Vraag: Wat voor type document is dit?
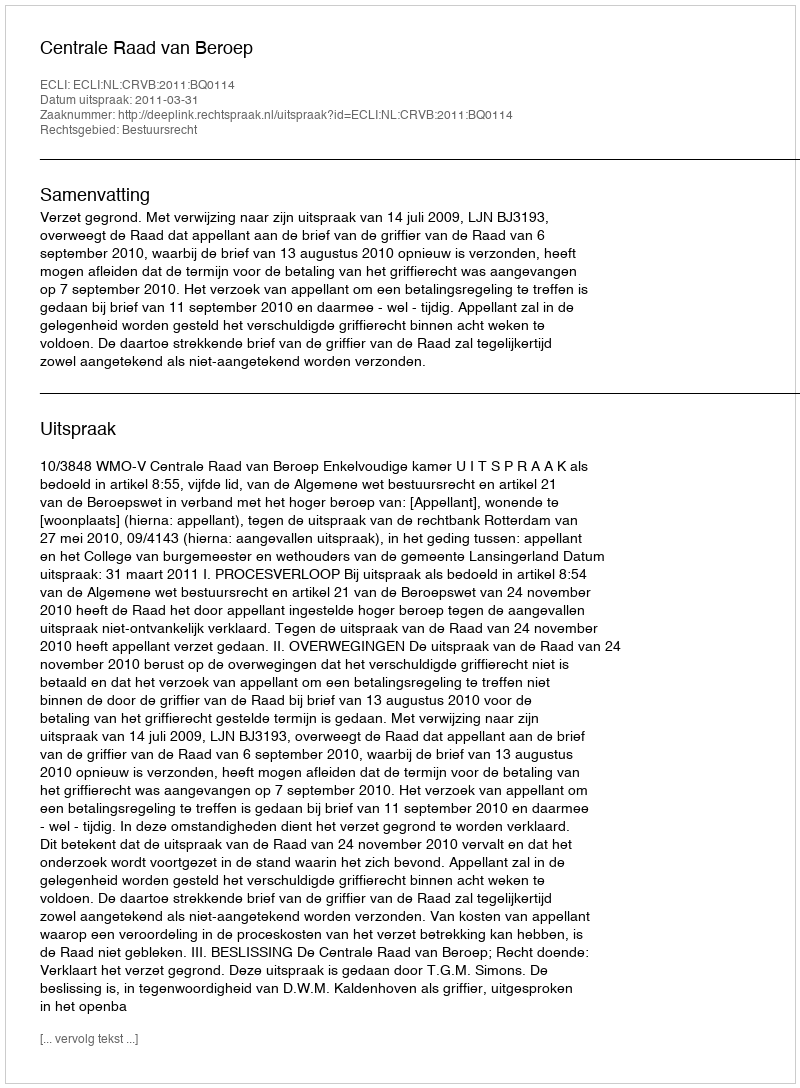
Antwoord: Uitspraak